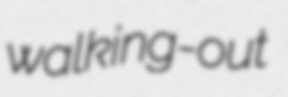
walking-out